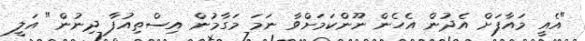
"އެއީ މައާފަށް އެދުން އެހެން ނޫންކަމަށްވާ ނަމަ މަގާމުން އިސްތިއުފާ ދިނުން" އަލީ